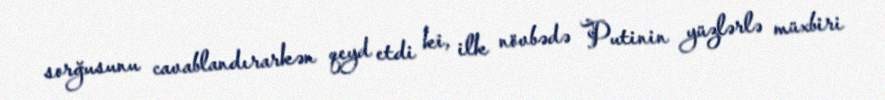
sorğusunu cavablandırarkən qeyd etdi ki, ilk növbədə Putinin yüzlərlə müxbiri